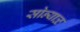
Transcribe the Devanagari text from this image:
सोन्याळ